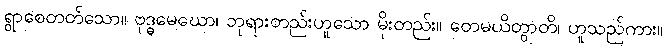
ရွာစေတတ်သော။ ဗုဒ္ဓမေဃော၊ ဘုရားတည်းဟူသော မိုးတည်း။ တေမယိတွာတိ၊ ဟူသည်ကား။